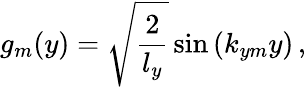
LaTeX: g_{m}(y)=\sqrt{\frac{2}{l_{y}}}\sin\left(k_{ym}y\right)\, ,